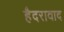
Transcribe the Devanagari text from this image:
हैदरावाद